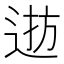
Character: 𨓓